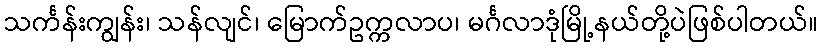
သင်္ကန်းကျွန်း၊ သန်လျင်၊ မြောက်ဥက္ကလာပ၊ မင်္ဂလာဒုံမြို့နယ်တို့ပဲဖြစ်ပါတယ်။